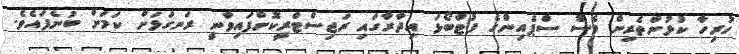
ހުރިހާ ކުޅުންތެރިން ވެސް ސްޕެއިންގެ ފުޓްބޯޅަ އިދާރާގައި ރަޖިސްޓްރީކޮށްފައިވާނީ ރަނގަޅަށް ކަމަށް ބުނެފައެވެ.